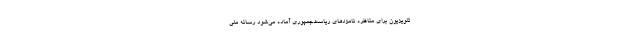
تلویزیون برای مناظره نامزدهای ریاست‌جمهوری آماده می‌شود رسانه ملی